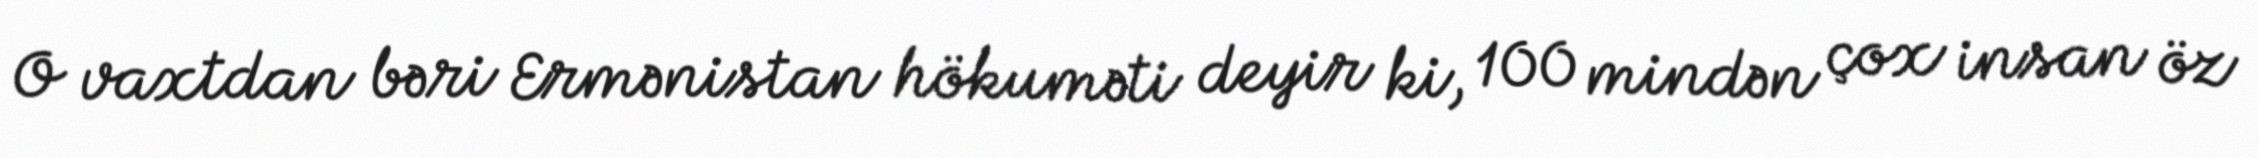
O vaxtdan bəri Ermənistan hökuməti deyir ki, 100 mindən çox insan öz